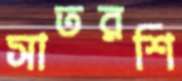
সাতরশি